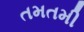
તમતમી